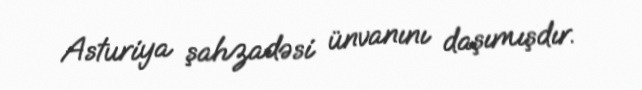
Asturiya şahzadəsi ünvanını daşımışdır.